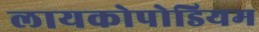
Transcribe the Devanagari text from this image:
लायकोपोडियम